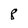
Character: 8